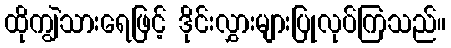
ထိုကျွဲသားရေဖြင့် ဒိုင်းလွှားများပြုလုပ်ကြသည်။